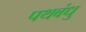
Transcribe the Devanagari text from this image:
पथबंधु